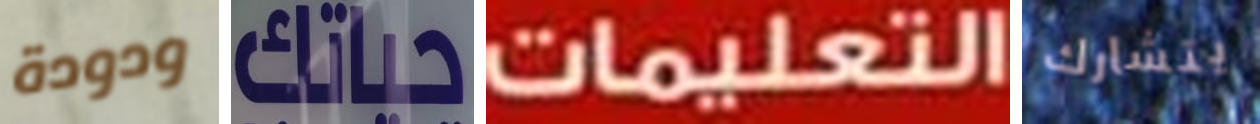
ودودة حياتك التعليمات يتشارك